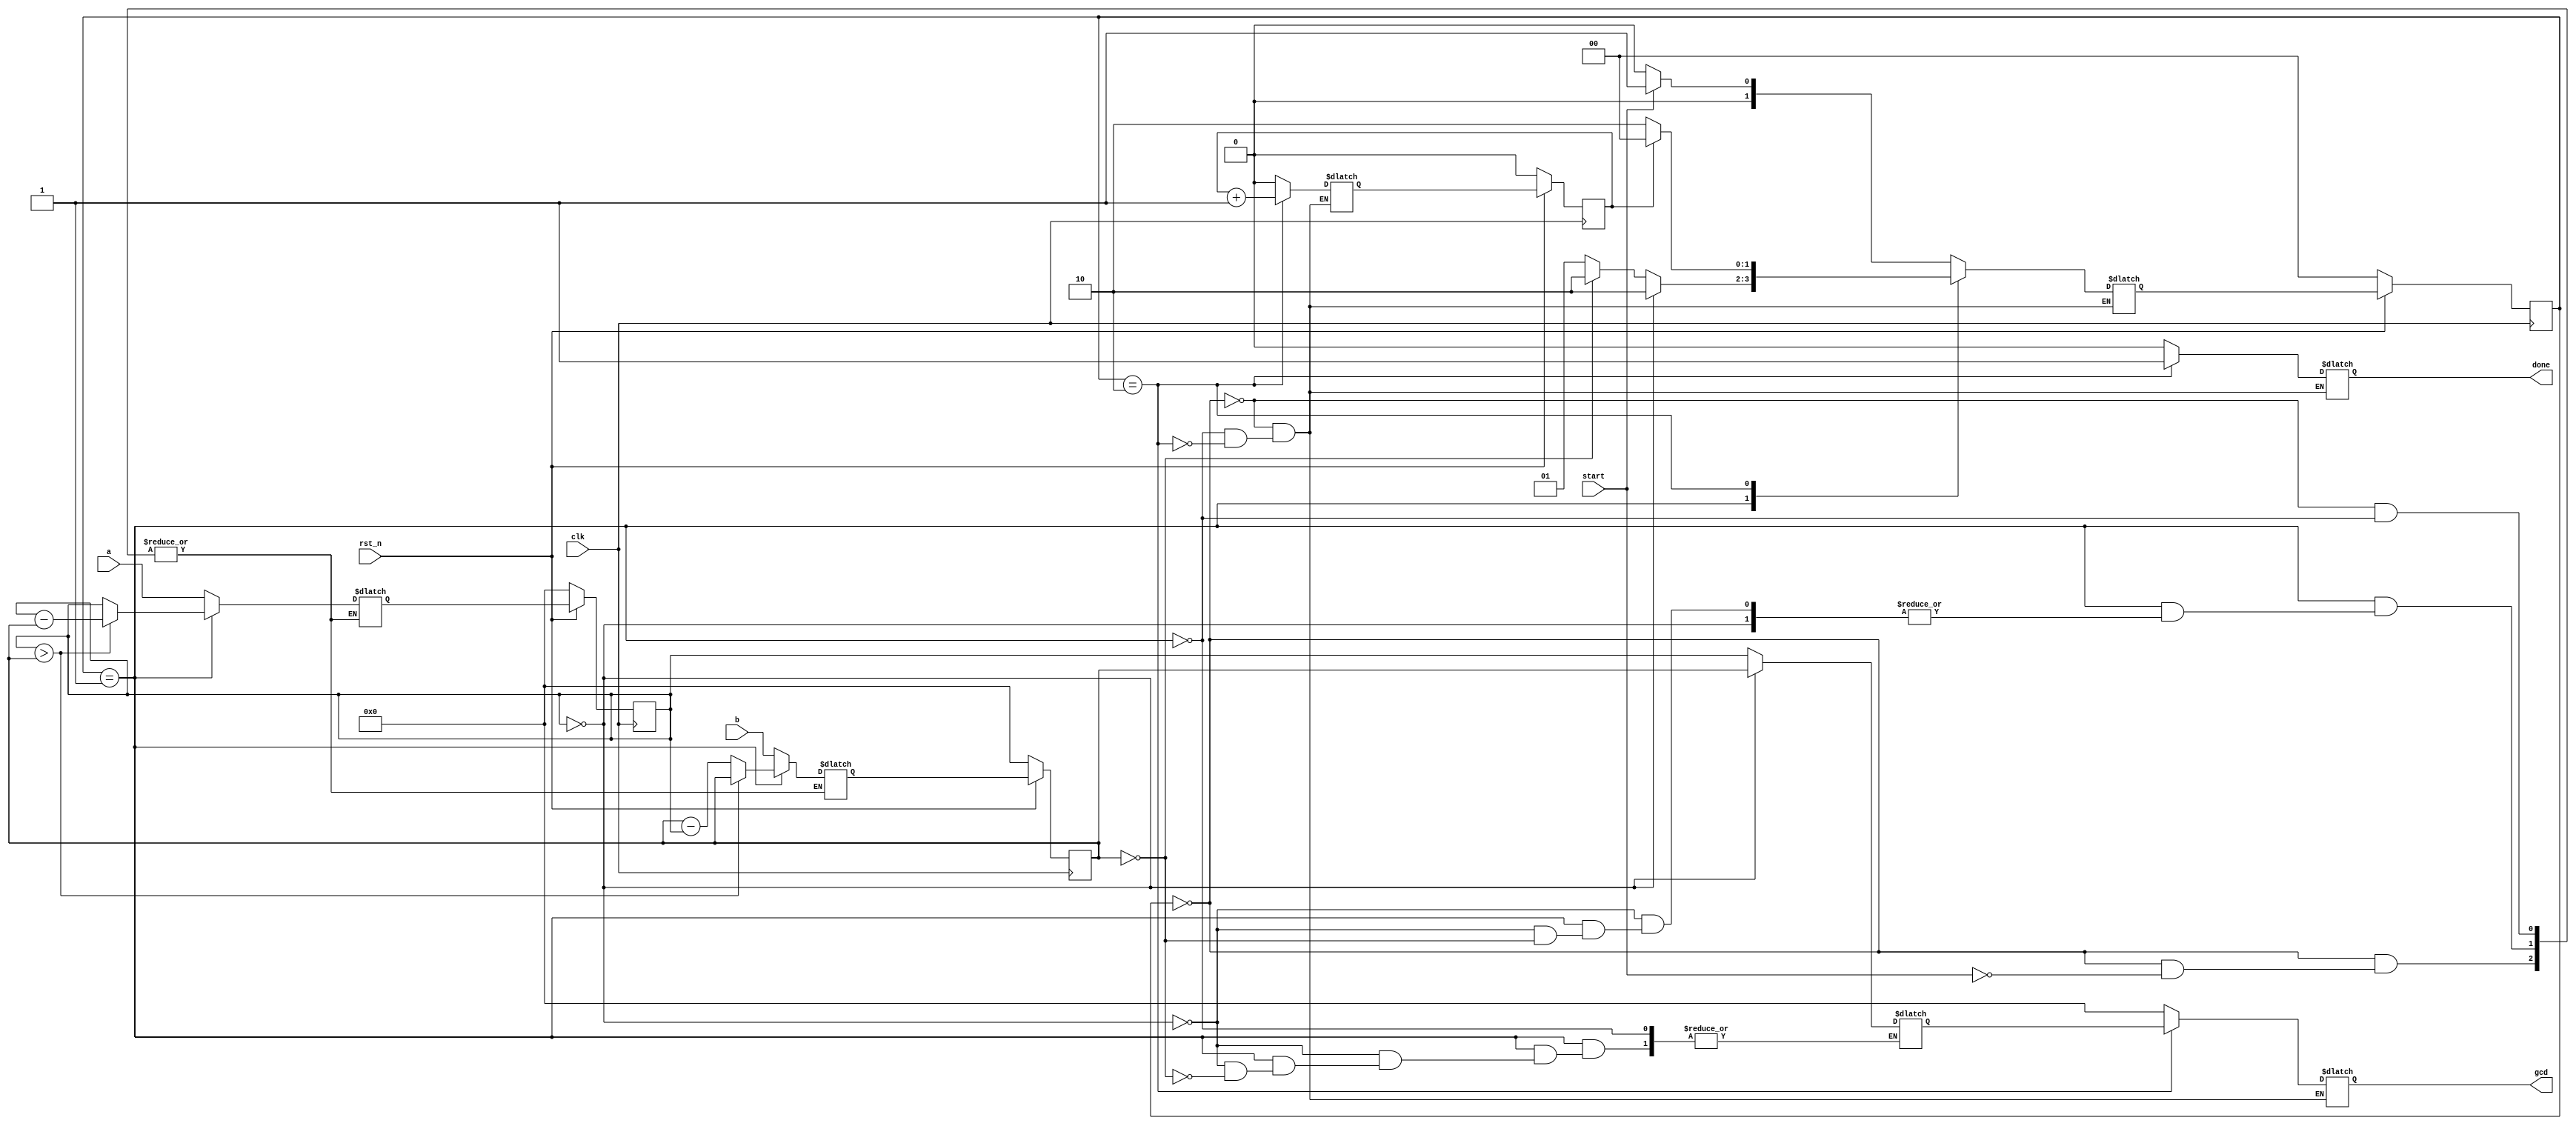
`timescale 1ns/1ps

module Greatest_Common_Divisor (clk, rst_n, start, a, b, done, gcd);
    
    input clk, rst_n;
    input start;
    input [15:0] a;
    input [15:0] b;
    output reg done;
    output reg [15:0] gcd;

    parameter WAIT = 2'b00;
    parameter CAL = 2'b01;
    parameter FINISH = 2'b10;

    reg [15:0] A, B, next_A, next_B;
    reg [15:0] mygcd;

    reg cnt, next_cnt;
    reg[1:0] state, next_state;

    always @(*) begin
        case (state)
            WAIT : begin
                next_cnt = 0;
                gcd = 0;
                done = 0;
                if (start == 1'b1) begin
                    next_A = a;
                    next_B = b;
                    next_state = CAL;
                end else begin
                    next_state = WAIT;
                end
            end
            CAL : begin
                next_cnt = 0;
                gcd = 0;
                done = 0;
                if (A == 0) begin
                    next_state = FINISH;
                    mygcd = B;
                end else begin
                    if (B == 0) begin
                        next_state = FINISH;
                        mygcd = A;
                    end else if (A > B) begin
                        next_state = CAL;
                        next_A = A - B;
                        next_B = B;
                    end else begin
                        next_state = CAL;
                        next_A = A;
                        next_B = B - A;
                    end
                end
            end
            FINISH : begin
                gcd = mygcd;
                done = 1;
                next_cnt = cnt + 1;
                if (cnt) begin
                    next_state = WAIT;
                end else next_state = FINISH;
            end
        endcase
    end

    always @(posedge clk) begin
        if (rst_n == 1'b0) begin
            state <= WAIT;
            A <= 0;
            B <= 0;
            cnt <= 0;
        end else begin
            state <= next_state;
            A <= next_A;
            B <= next_B;
            cnt <= next_cnt;
        end
    end


endmodule